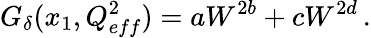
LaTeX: G_{\delta}(x_{1},Q_{eff}^{2})=aW^{2b}+cW^{2d}\, .